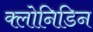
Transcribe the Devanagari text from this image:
क्लोनिडिन